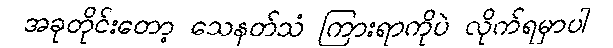
အခုတိုင်းတော့ သေနတ်သံ ကြားရာကိုပဲ လိုက်ရမှာပါ